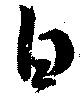
白